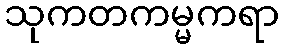
သုကတကမ္မကရာ